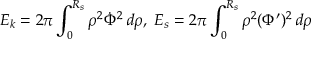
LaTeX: E _ { k } = 2 \pi \int _ { 0 } ^ { R _ { s } } \rho ^ { 2 } \dot { \Phi } ^ { 2 } \, d \rho , \; E _ { s } = 2 \pi \int _ { 0 } ^ { R _ { s } } \rho ^ { 2 } ( \Phi ^ { \prime } ) ^ { 2 } \, d \rho